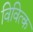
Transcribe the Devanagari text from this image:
विवित्क